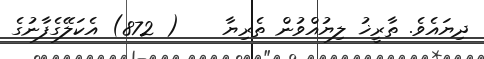
ދިޔައެވެ. ތާރީޚު ލިޔުއްވުން ތެރިޔާ    ( 872) އެކަލޭގެފާނުގެ